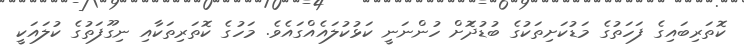
ކޮތަރިބައިގެ ފަހަތުގެ މަޑުކަށިތަކުގެ ބުޑުދޮަށް ހުންނަނީ ކަޅުކުލައެއްގައެވެ. މަހުގެ ކޮތަރިތަކާއި ނިގޫފަތުގެ ކުލައަކީ